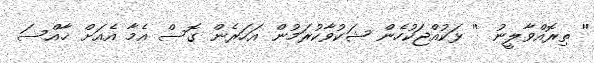
'' ތިރޮއްވާލީނު '' ޅަކުއްޖަކުހެން ޝަކުވާކުރަމުން އަހަރެން ގޮސް އެމާ އެއަށް ޚާއްސަ